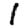
Digit: 1